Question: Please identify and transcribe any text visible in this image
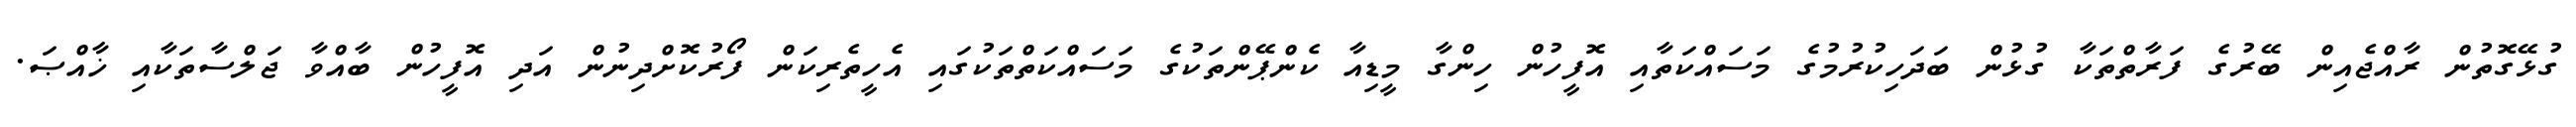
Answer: ގުޅޭގޮތުން ރާއްޖެއިން ބޭރުގެ ފަރާތްތަކާ ގުޅުން ބަދަހިކުރުމުގެ މަސައްކަތާއި އޮފީހުން ހިންގާ މީޑިއާ ކެންޕޭންތަކުގެ މަސައްކަތްތަކުގައި އެހީތެރިކަން ފޯރުކޮށްދިނުން އަދި އޮފީހުން ބާއްވާ ޖަލްސާތަކާއި ޚާއްޞަ.